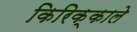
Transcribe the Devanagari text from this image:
किरिक्काले